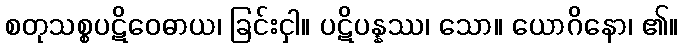
စတုသစ္စပဋိဝေဓာယ၊ ခြင်းငှါ။ ပဋိပန္နဿ၊ သော။ ယောဂိနော၊ ၏။